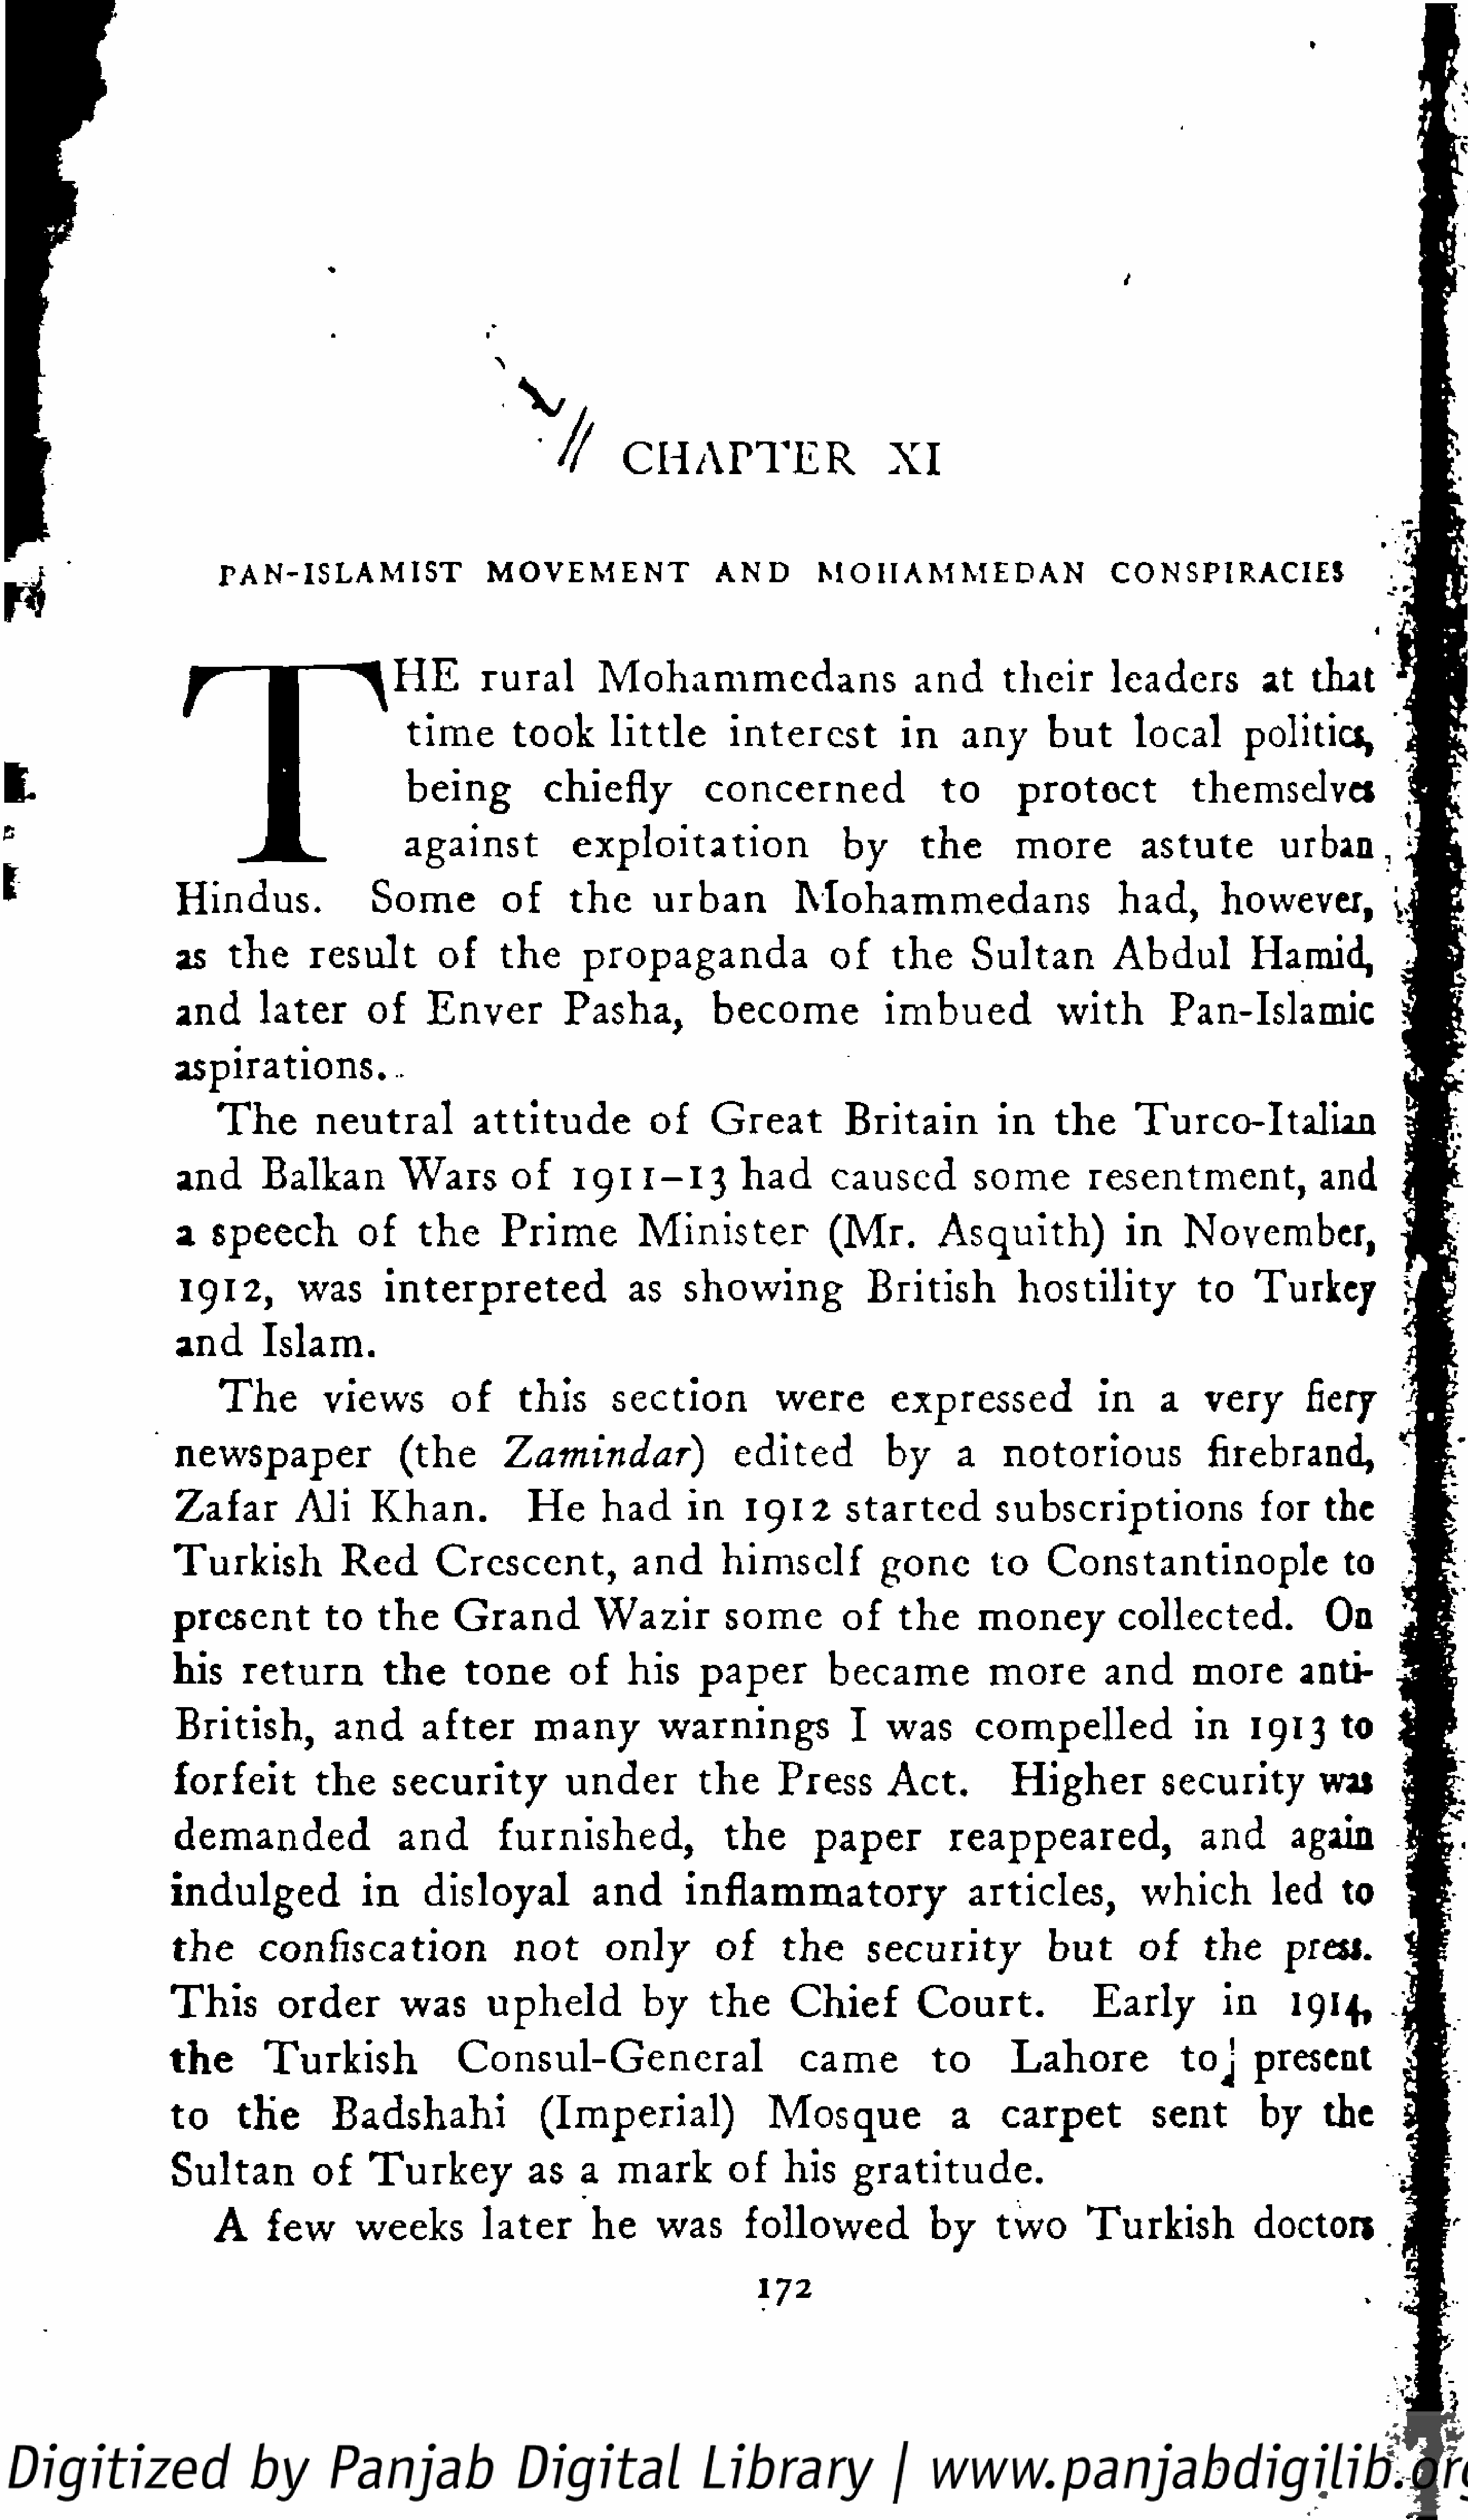
*
 V
 C   H    A   P  T   ER           XI
 PAN-ISLAMIST                     MOVEMENT                    AND         MOHAMMEDAN                          CONSPIRACIES
 T
 HE        rural         M    o  h  a  m   m    e d   a ns      and       their        leaders            at    that
 time         took        little        interest             in      any       but       local         politics,
 being            chiefly             concerned                    to       protect              themselves
 against              exploitation                     by       t he       more            astute           urban,
 Hindus.                 Some            of      t he      urban            Mohammedans                             had,        however,            [,
 as    the       result          of     the       propaganda                     of     the       Sultan           Abdul            Hamid,            •
 and       later        of      Enver           Pasha,            become               imbued               with          Pan-Islamic                 ,
 aspirations.
 T   he     neutral             a t t i t u  de      of      G   r e  at     Britain           in     the       Turco-Italian
 and       Balkan           Wars          of      1911-13             had        caused           some          resentment,                  and
 a   speech            of      t he      Prime           Minister               (Mr.         Asquith)                in     November,
 1912,          was        interpreted                  as     showing                British           hostility             to     Turkey            \
 and        Islam.
 T   he      views           of      this        section            were           expressed                in      a    very         fiery
 newspaper                  (the         Zamindar)                   edited             by      a     notorious                 firebrand,
 Zafar         Ali      Khan.               He      had        in    1912         started           subscriptions                    for     the
 Turkish              Red        Crescent,               and        himself             gone         to     Constantinople                      to
 present            to    t he     G   r  a nd      Wazir           some          of     t he      money            collected.               On
 his      return           t he      tone        of      his     paper           became              more         and        more         anti-
 British,           and        after        many           warnings                I   was        compelled                  in     1913       to
 forfeit          the      security             under           the      Press         Act.           Higher            security           wai
 demanded                   and         furnished,                  t he      paper            reappeared,                   and        again
 indulged                in     disloyal             and        inflammatory                      articles,             which           led     to
 t he       confiscation                   n  ot      only         of      t he      security              b  ut      of      the       press.
 This         order          was       upheld             by      t he      Chief           C  o  u  r  t.       Early          in       1914,       .
 t he       Turkish                 Consul-General                            came            to       Lahore               toj      present
 to      t he       Badshahi                  (Imperial)                  Mosque                a     carpet             sent         by      the
 Sultan           of     T   u  r k  ey      as    a    mark         of     his      gratitude.
 A      few        weeks           later        he      was       followed               by      two        Turkish              docton
 172
 >
 <